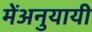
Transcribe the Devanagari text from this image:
मेंअनुयायी